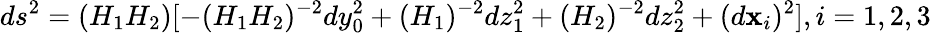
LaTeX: ds^{2}=(H_{1}H_{2})[-(H_{1}H_{2})^{-2}dy_{0}^{2}+(H_{1})^{-2}dz_{1}^{2}+(H_{2})^{-2}dz_{2}^{2}+(d\mathbf{x}_{i})^{2}],i=1,2,3